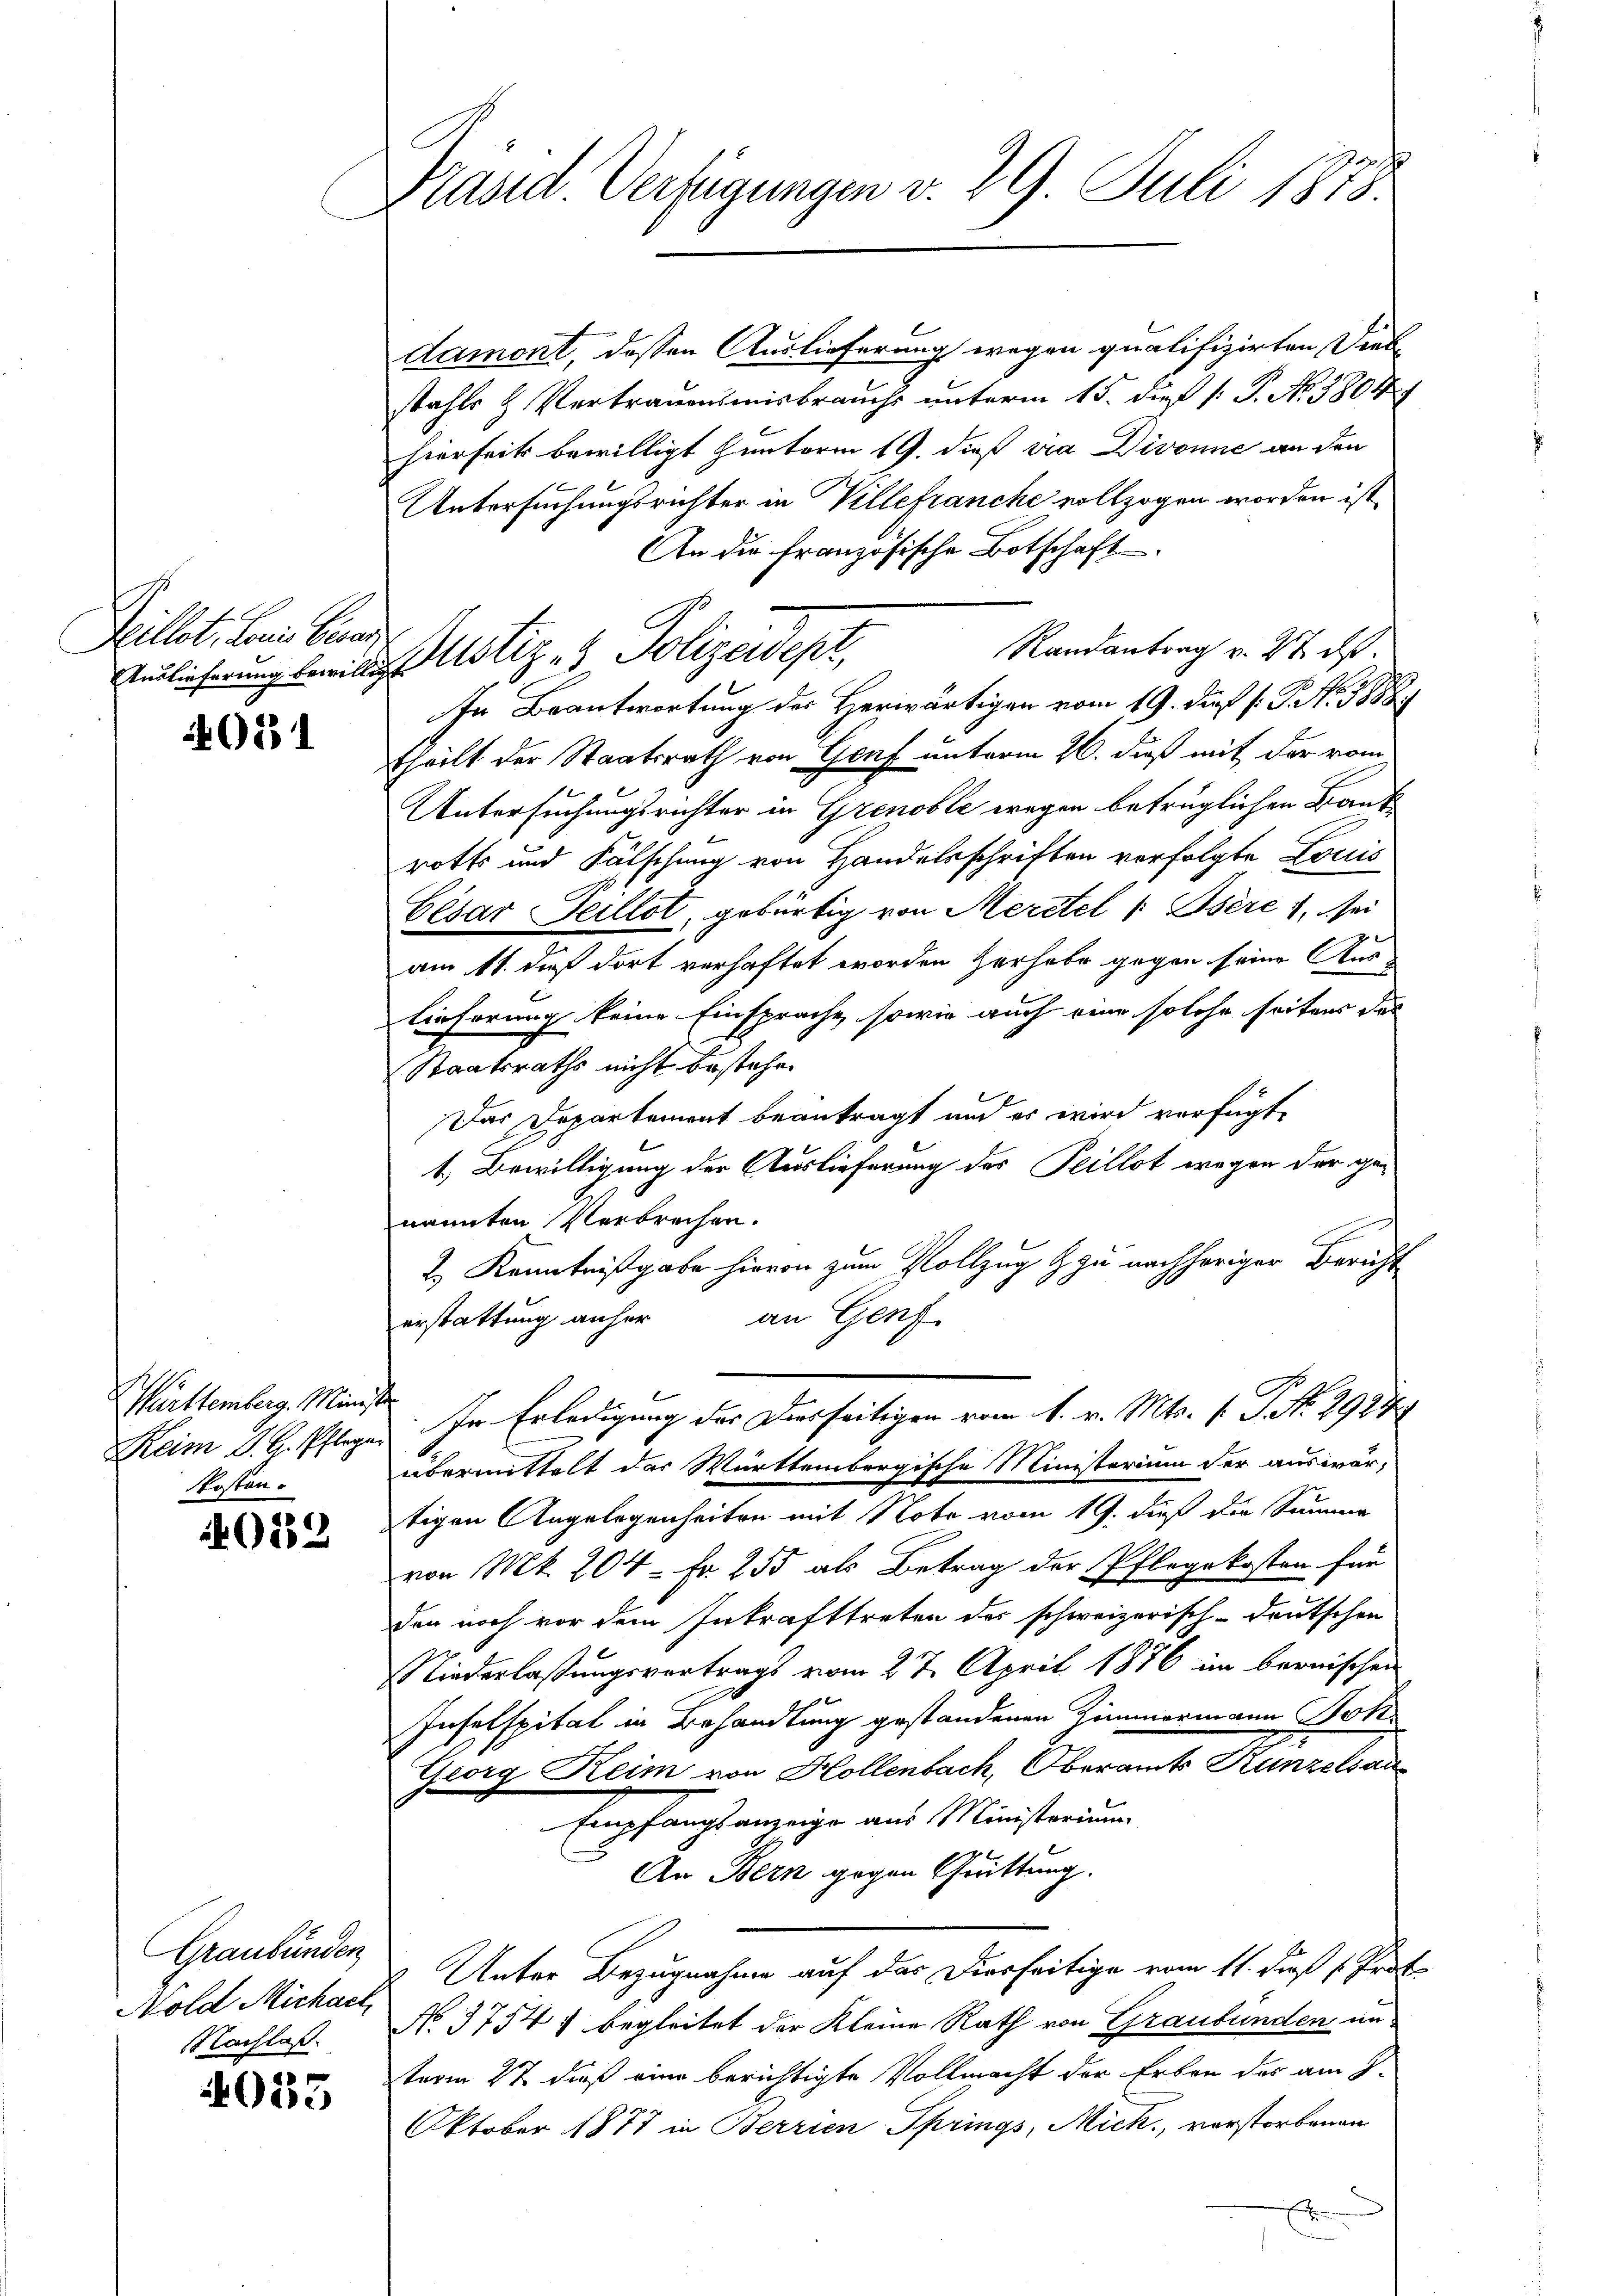
Zillit. Linie Gener
Auslieferung bewille,

021

Württemberg. Minis
Keim J. H. Pflege
skosten.

012

Graubünden
Nold Michael

4035

Präsid. Verfügungen v. 29. Juli 1878.

e

Damont, dessen Auslieferung wegen qualifizirten Diel
stahls & Vertrauensmisbrauchs unterm 15. die P. No. 38041
hierseits bewilligt hinterm 19. dieß via Divonne an den
Untersuchungsrichter in Villefranche vollzogen worden ist
An die Französische Botschaft
Randantrag v. 27. ds.
In Beantwortung der Herwärtigen vom 19. dieß s. G. No. 1888.
theilt der Staatsrath von Genf unterm 26. daß mit der vom
Untersuchungsrichter in Grenoble wegen betrüglichen Bank
rotts und Fälschung von Handelsschriften verfolgte Louis
Eésar Teillet, gebürtig von Meritel ( Bsère, sei
am 11. dieß dort verhaftet worden Verhabe gegen seine Aus-
Lieferung keine Einsprache sowie auch eine solche seitens des
Staatsraths nicht bestehe.
Das Departement beantragt und es wird verfügt,
1.) Bewilligung der Auslieferung des Teillot wegen der genannten Verbrechen.
2.) Kenntnißgabe hievon zum Vollzug & zu nachhöriger Bericht
erstattung anher an Genf
h
In Erledigung des Diesseitigen vom 1. v. Mts. 1. P. No. 2927
übermittelt des Württembergische Ministerium der auswärtigen Angelegenheiten mit Note vom 19. dieß die Summe
von Mk. 204 = Fr. 255 als Betrag der Pflegekosten für
den noch vor dem Inkrafttreten des schweizerisch-deutschen
Niederlassungsvertrags vom 27. April 1876 im bernischen
Inselspital in Behandlung gestandenen Zimmermann Jok
Georg Keim von Hollenbach, Oberamts Kunzelsan
Empfangsanzeige aus Ministerium
An Bern gegen Quittung.
Unter Bezugnahme auf das Dierseitige vom 11. daß Proto
Nachlaß. No. 3754 begleitet der Kleine Rath von Graubünden un-
term 27. dieß eine berichtigte Vollmacht der Erben des am 9.
Oktober 1877 in Berrien Springs, Mick, vorstorbenen
t

Justiz- & Polizeidept,